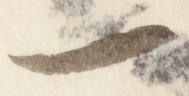
一